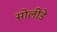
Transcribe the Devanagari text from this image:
सोलीडे